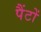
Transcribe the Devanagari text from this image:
पैंटों